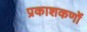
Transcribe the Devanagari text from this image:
प्रकाशकणों